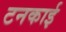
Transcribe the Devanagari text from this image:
टनकाई